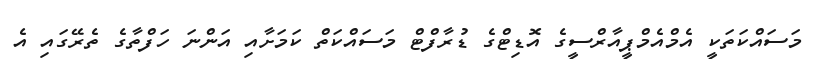
މަސައްކަތަކީ އެމްއެމްޕީއާރްސީގެ އޮޑިޓްގެ ޑުރާފްޓް މަސައްކަތް ކަމަށާއި އަންނަ ހަފްތާގެ ތެރޭގައި އެ